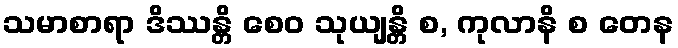
သမာစာရာ ဒိဿန္တိ စေဝ သုယျန္တိ စ, ကုလာနိ စ တေန